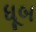
ધૂબ